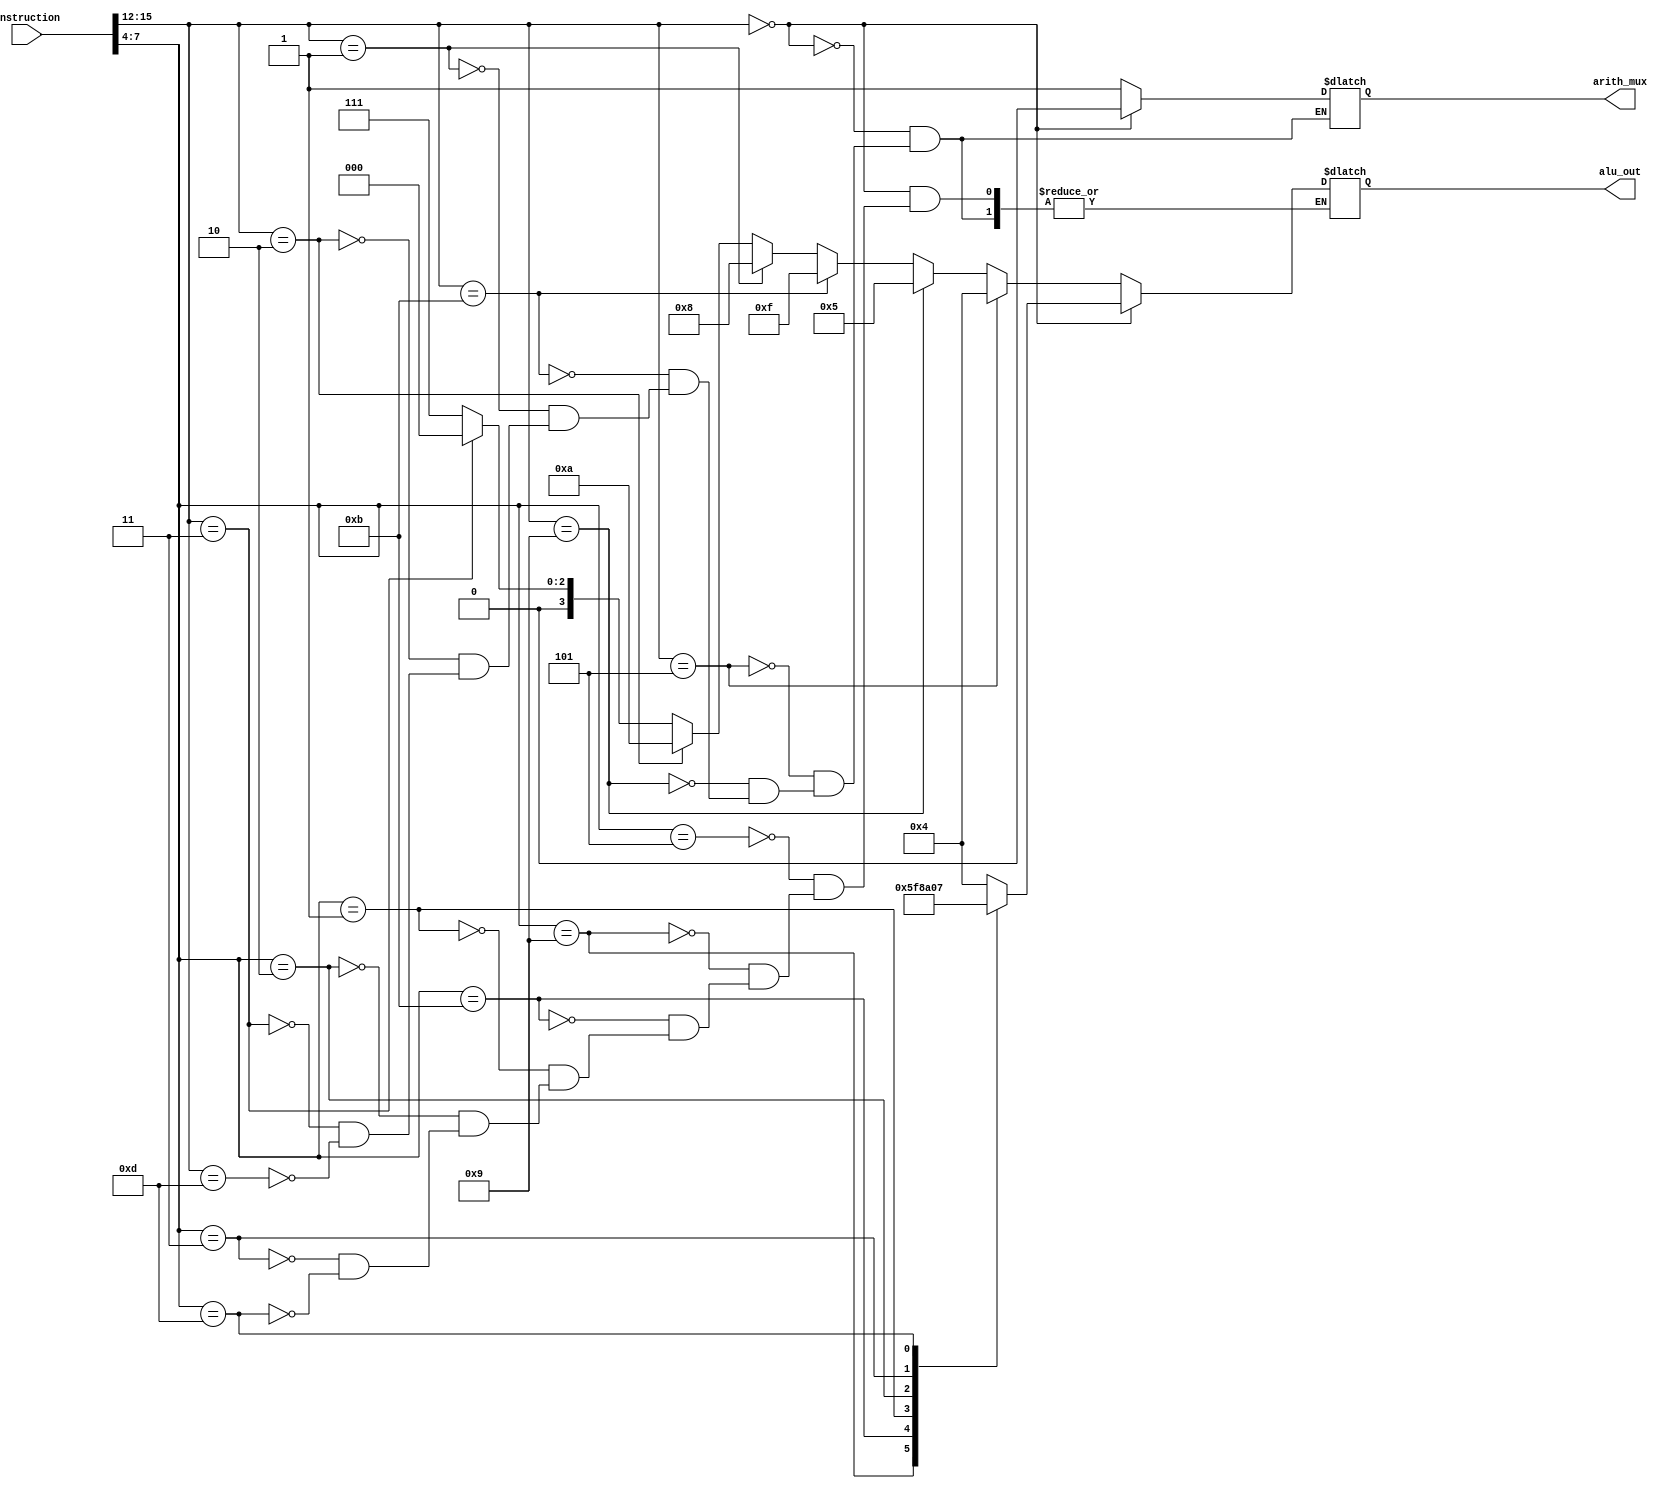
`timescale 1ns / 1ps
//////////////////////////////////////////////////////////////////////////////////
// Company: 
// Engineer: 
// 
// Design Name: 
// Module Name:    ins_decoder 
// Project Name: 
// Target Devices: 
// Tool versions: 
// Description: 
//
// Dependencies: 
//
// Revision: 
// Revision 0.01 - File Created
// Additional Comments: 
//
//////////////////////////////////////////////////////////////////////////////////
module ins_decoder(alu_out, arith_mux, instruction);
input [15:0] instruction;
output reg [3:0] alu_out;
output reg arith_mux;

wire [3:0] op;
wire [3:0] rdest;
wire [3:0] op_ex ;
wire [3:0] rsrc ;
wire [3:0] immLow ;

assign op =  instruction[15:12];
assign rdest = instruction[11:8];
assign op_ex=  instruction[7:4];
assign rsrc =  instruction[3:0];
assign immLow= instruction[3:0];




always @(*)
begin
	if(op == 4'b0000)
	begin
	arith_mux <= 1'b0;				//0->reg-reg, 1->reg-imm
				case(op_ex)
				4'b0101:alu_out <= 4'b0100;	//sum
				4'b1001:alu_out <= 4'b0101;	//sub
				4'b1011:alu_out <= 4'b1111;	//compare
				4'b0001:alu_out <= 4'b1000;	//and
				4'b0010:alu_out <= 4'b1010;	//or
				4'b0011:alu_out <= 4'b0000;	//xor
				4'b1101:alu_out <= 4'b0111;	//mov
				endcase
				end
	else if(op == 4'b0101)
	begin
	arith_mux <= 1'b1;				//0->reg-reg, 1->reg-imm
	alu_out <= 4'b0100;	//sum
	end
	else if(op == 4'b1001)
	begin
	arith_mux <= 1'b1;				//0->reg-reg, 1->reg-imm
	alu_out <= 4'b0101;	//sub
	end
	else if(op == 4'b1011)
	begin
	arith_mux <= 1'b1;				//0->reg-reg, 1->reg-imm
	alu_out <= 4'b1111;	//compare
	end
	else if(op == 4'b0001)
	begin
	arith_mux <= 1'b1;				//0->reg-reg, 1->reg-imm
	alu_out <= 4'b1000;	//and
	end
	else if(op == 4'b0010)
	begin
	arith_mux <= 1'b1;	//0->reg-reg, 1->reg-imm
	alu_out <= 4'b1010;	//or
	end
	else if(op == 4'b0011)
	begin
	arith_mux <= 1'b1;				//0->reg-reg, 1->reg-imm
	alu_out <= 4'b0000;	//xor
	end
	else if(op == 4'b1101)
	begin
	arith_mux <= 1'b1;				//0->reg-reg, 1->reg-imm
	alu_out <= 4'b0111;	//mov
	end
end

endmodule